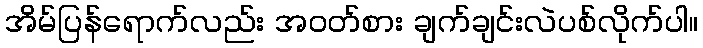
အိမ်ပြန်ရောက်လည်း အဝတ်စား ချက်ချင်းလဲပစ်လိုက်ပါ။